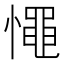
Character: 憴